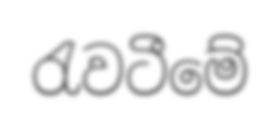
රැවටීමේ